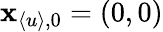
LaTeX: \mathbf{x}_{\langle u\rangle,0}=(0,0)